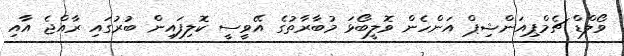
ވޯލްޑް ޗެމްޕިއަންޝިޕް އަންހެން ވޮލީބޯޅަ މުބާރާތުގެ އޭވީސީ ކޮލިފައިން ބުރުގައި ރާއްޖެ އާއި